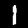
Digit: 1